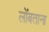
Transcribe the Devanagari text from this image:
लोंबताना